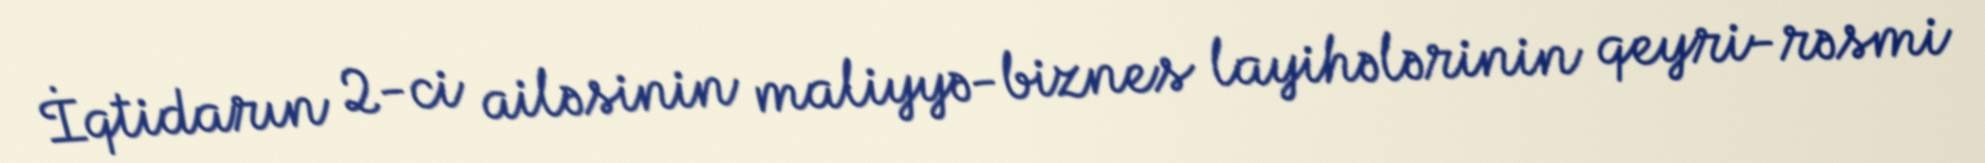
İqtidarın 2-ci ailəsinin maliyyə-biznes layihələrinin qeyri-rəsmi